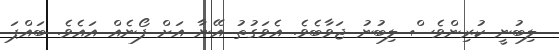
ލިބުނީ ކުރިންވެސް ލިބުނު ޖަވާބެވެ. އެވަގުތު އޭނާ އަށް ފޯނެއް އައެވެ. ބައްޕަ